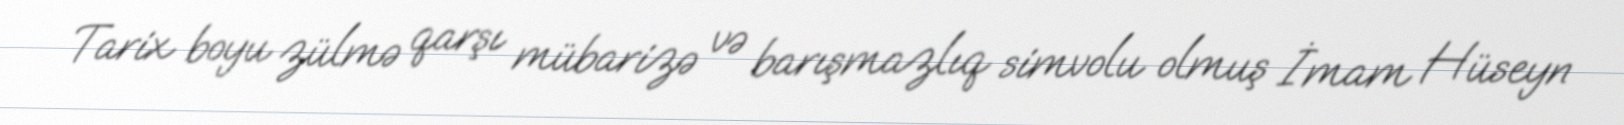
Tarix boyu zülmə qarşı mübarizə və barışmazlıq simvolu olmuş İmam Hüseyn